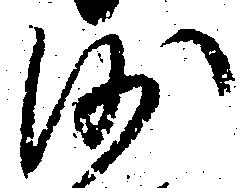
沙